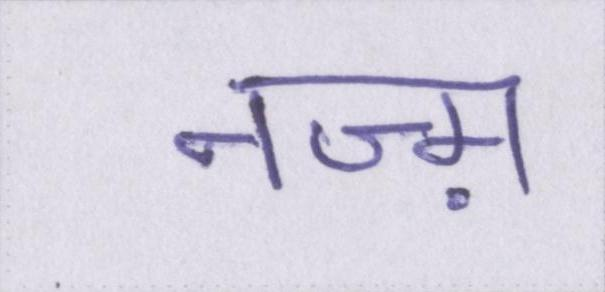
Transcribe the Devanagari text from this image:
नज़्म